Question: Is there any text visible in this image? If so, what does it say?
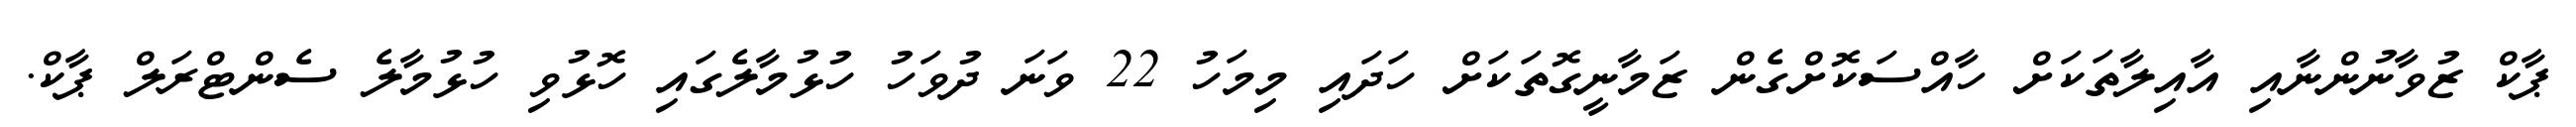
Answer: ޕާކް ޒުވާނުންނާއި އާއިލާތަކަށް ހާއްސަކޮށްގެން ޒަމާނީގޮތަކަށް ހަދައި މިމަހު 22 ވަނަ ދުވަހު ހުޅުމާލެގައި ހޮޅުވި ހުޅުމާލެ ސެންޓްރަލް ޕާކް.